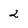
Character: 2